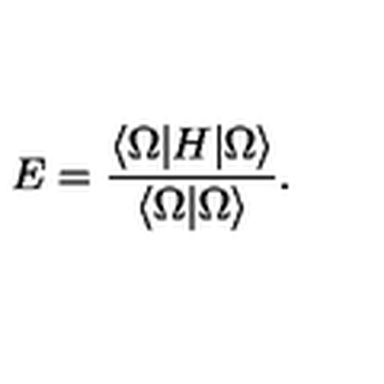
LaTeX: E = \frac { \langle \Omega | H | \Omega \rangle } { \langle \Omega | \Omega \rangle } .